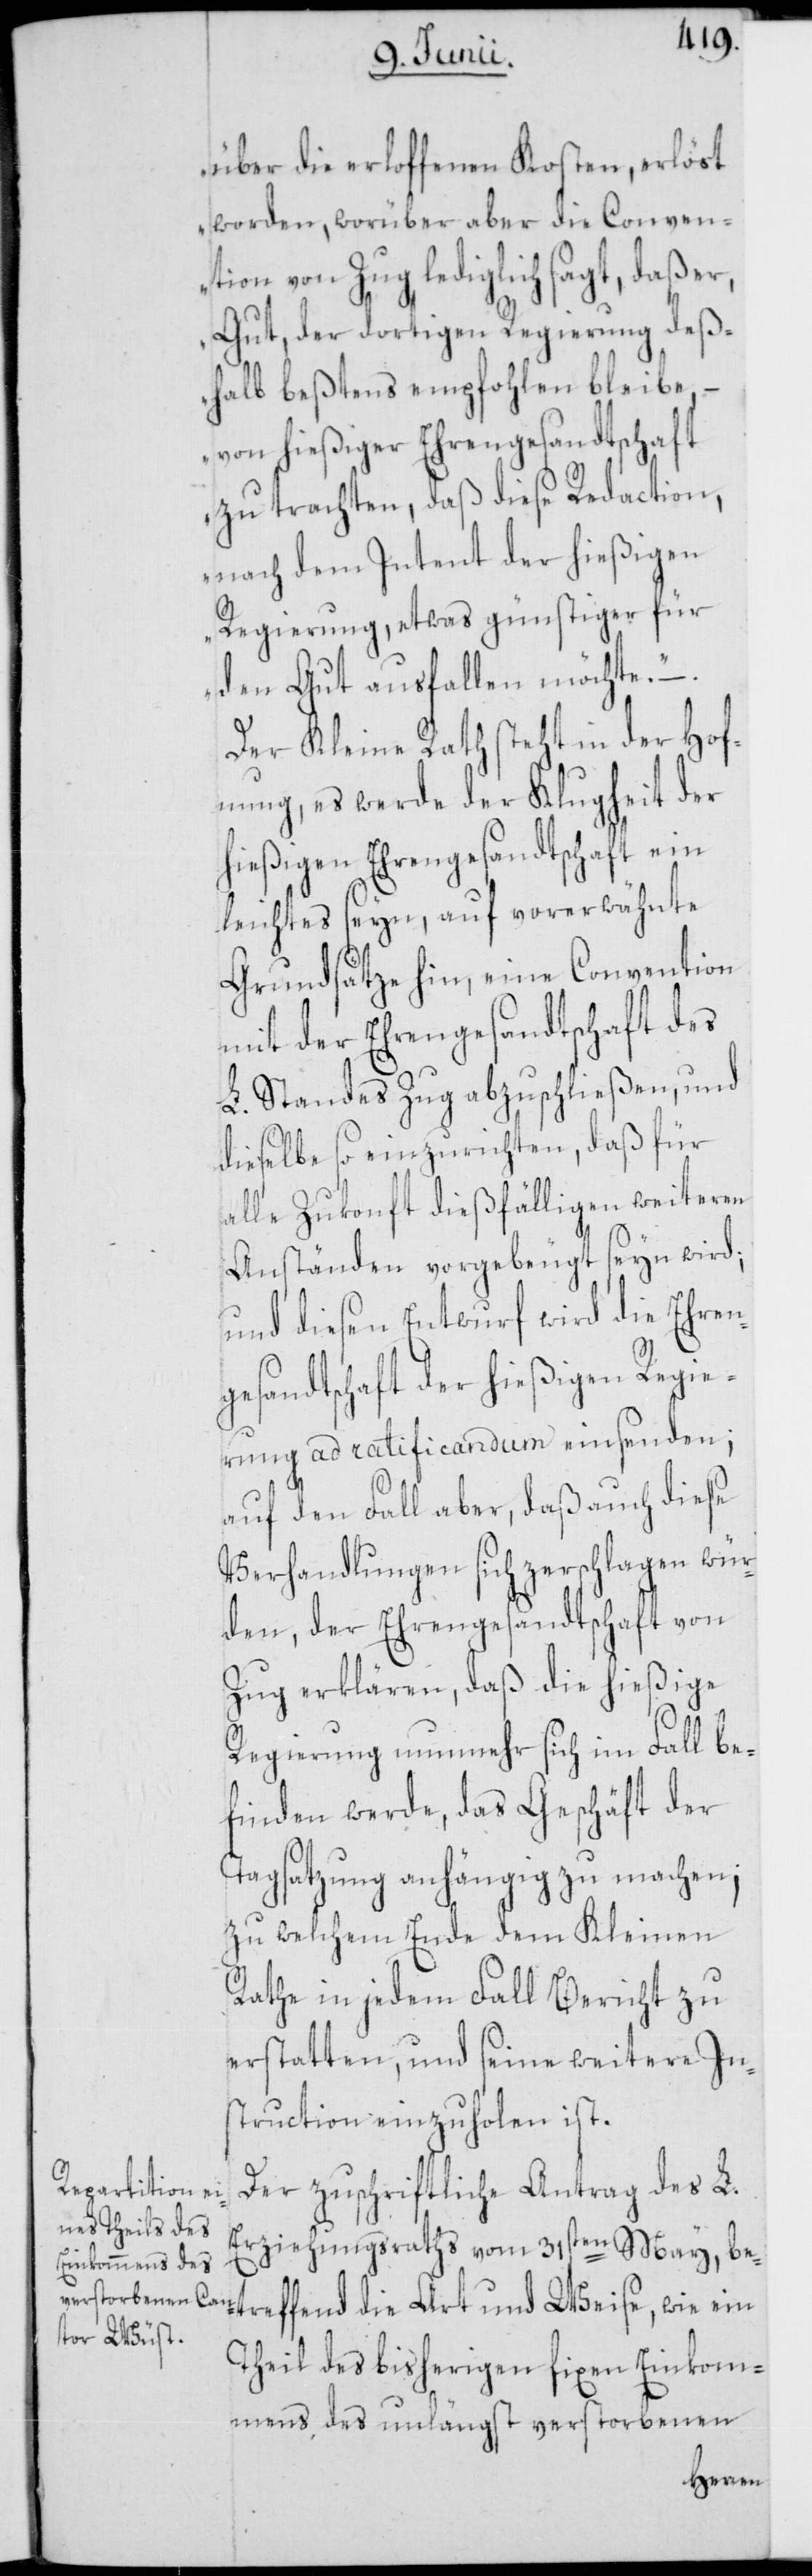
über die erloffenen Kosten, erlöst
worden, worüber aber die Conven¬
tion von Zug lediglich sagt, daß er,
Gut, der dortigen Regierung deß¬
halb bestens empfohlen bleibe, –
von hießiger Ehrengesandtschaft
zu trachten, daß diese Redaction,
nach dem Intent der hießigen
Regierung, etwas günstiger für
den Gut ausfallen möchte.“
Der Kleine Rath steht in der Hof¬
fnung, es werde der Klugheit der
hießigen Ehrengesandtschaft ein
leichtes seyn, auf vorerwähnte
Grundsätze hin, eine Convention
mit der Ehrengesandtschaft des
L. Standes Zug abzuschließen, und
dieselbe so einzurichten, daß für
alle Zukonft dießfälligen weiteren
Anständen vorgebeugt seyn wird;
und diesen Entwurf wird die Ehren¬
gesandtschaft der hießigen Regie¬
rung ad ratificandum einsenden;
auf den Fall aber, daß auch diese
Verhandlungen sich zerschlagen wür¬
den, der Ehrengesandtschaft von
Zug erklären, daß die hießige
Regierung nunmehr sich im Fall be¬
finden werde, das Geschäft der
Tagsatzung anhängig zu machen;
zu welchem Ende dem Kleinen
Rathe in jedem Fall Bericht zu
erstatten, und seine weitere In¬
struction einzuholen ist.
Der zuschriftliche Antrag des L.
Erziehungsraths vom 31sten May, be¬
Theil des bisherigen fixen Einkom¬
mens des unlängst verstorbenen
treffend